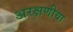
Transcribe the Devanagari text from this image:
अरक्षणीया